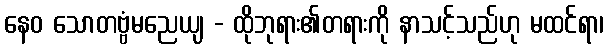
နေဝ သောတဗ္ဗံမညေယျ - ထိုဘုရား၏တရားကို နာသင့်သည်ဟု မထင်ရာ၊